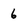
Character: 6